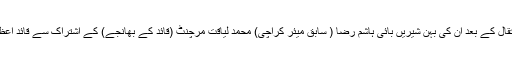
قائد اعظم کے انتقال کے بعد ان کی بہن شیریں بائی ہاشم رضا ( سابق میئر کراچی) محمد لیاقت مرچنٹ (قائد کے بھانجے) کے اشتراک سے قائد اعظم ٹرسٹ قائم ہوا۔